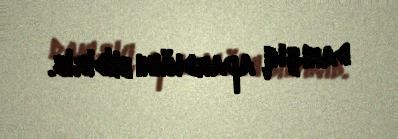
danışıq apardığını bildirib.